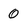
Character: 0